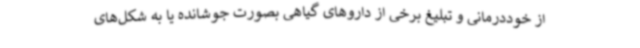
از خوددرمانی و تبلیغ برخی از داروهای گیاهی بصورت جوشانده یا به شکل‌های